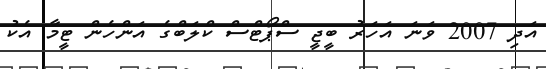
އަދި 2007 ވަނަ އަހަރު ބީޖީ ސްޕޯޓްސް ކްލަބްގެ އަންހެން ޓީމާ އެކު